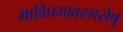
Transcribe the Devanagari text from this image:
भाविप्रभावरभसेषु